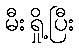
မီးရှို့ပြီး